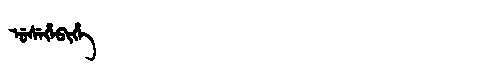
Manchu: ᡠᠰᡝᡥᡝᠪᡳᡥᡝ
Romanization: USEHEBIHE